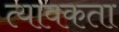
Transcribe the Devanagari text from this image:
त्यावकता